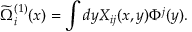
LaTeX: \widetilde { \Omega } _ { i } ^ { ( 1 ) } ( x ) = \int d y X _ { i j } ( x , y ) \Phi ^ { j } ( y ) .